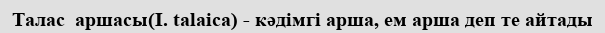
Талас  аршасы(І. talaіca) - кәдімгі арша, ем арша деп те айтады